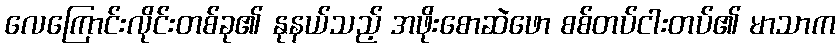
လေကြောင်းလိုင်းတစ်ခု၏ နုနယ်သည့် အဖိုးစောဆဲဖော စစ်တပ်ငါးတပ်၏ မာသာက